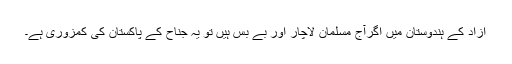
آزاد کے ہندوستان میں اگرآج مسلمان لاچار اور بے بس ہیں تو یہ جناح کے پاکستان کی کمزوری ہے۔